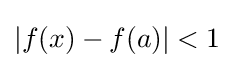
|f(x)-f(a)|<1